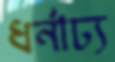
ধর্নাঢ্য